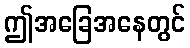
ဤအခြေအနေတွင်